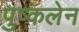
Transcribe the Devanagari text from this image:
पुष्कलेन